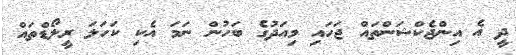
ދީ އެ އިންޖެކްޝަންތައް ޖަހައި މިއަދުގެ ބަހުން ނަމަ އެކި ކަހަލަ ރީލޯޑްތައް